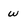
Character: w